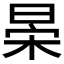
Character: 𣇆